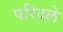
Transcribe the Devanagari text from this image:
परिदले